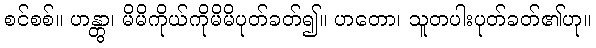
စင်စစ်။ ဟန္တွာ၊ မိမိကိုယ်ကိုမိမိပုတ်ခတ်၍။ ဟတော၊ သူတပါးပုတ်ခတ်၏ဟု။